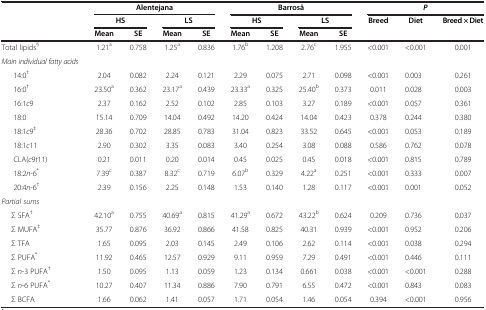
<table><thead><tr><td><b> </b></td><td colspan="4"><b>Alentejana</b></td><td colspan="4"><b>Barrosã</b></td><td colspan="3"><b><i>P</i></b></td></tr><tr><td><b> </b></td><td colspan="2"><b>HS</b></td><td colspan="2"><b>LS</b></td><td colspan="2"><b>HS</b></td><td colspan="2"><b>LS</b></td><td><b>Breed</b></td><td><b>Diet</b></td><td><b>Breed × Diet</b></td></tr><tr><td><b> </b></td><td><b>Mean</b></td><td><b>SE</b></td><td><b>Mean</b></td><td><b>SE</b></td><td><b>Mean</b></td><td><b>SE</b></td><td><b>Mean</b></td><td><b>SE</b></td><td><b> </b></td><td><b> </b></td><td><b> </b></td></tr></thead><tbody><tr><td>Total lipids<sup>§</sup></td><td>1.21<sup>a</sup></td><td>0.758</td><td>1.25<sup>a</sup></td><td>0.836</td><td>1.76<sup>b</sup></td><td>1.208</td><td>2.76<sup>c</sup></td><td>1.955</td><td>&lt;0.001</td><td>&lt;0.001</td><td>0.001</td></tr><tr><td><i>Main individual fatty acids</i></td><td> </td><td> </td><td> </td><td> </td><td> </td><td> </td><td> </td><td> </td><td> </td><td> </td><td> </td></tr><tr><td>14:0<sup>†</sup></td><td>2.04</td><td>0.082</td><td>2.24</td><td>0.121</td><td>2.29</td><td>0.075</td><td>2.71</td><td>0.098</td><td>&lt;0.001</td><td>0.003</td><td>0.261</td></tr><tr><td>16:0<sup>†</sup></td><td>23.50<sup>a</sup></td><td>0.362</td><td>23.17<sup>a</sup></td><td>0.439</td><td>23.33<sup>a</sup></td><td>0.325</td><td>25.40<sup>b</sup></td><td>0.373</td><td>0.011</td><td>0.028</td><td>0.003</td></tr><tr><td>16:1<i>c</i>9</td><td>2.37</td><td>0.162</td><td>2.52</td><td>0.102</td><td>2.85</td><td>0.103</td><td>3.27</td><td>0.189</td><td>&lt;0.001</td><td>0.057</td><td>0.361</td></tr><tr><td>18:0</td><td>15.14</td><td>0.709</td><td>14.04</td><td>0.492</td><td>14.20</td><td>0.424</td><td>14.04</td><td>0.423</td><td>0.378</td><td>0.244</td><td>0.380</td></tr><tr><td>18:1<i>c</i>9<sup>‡</sup></td><td>28.36</td><td>0.702</td><td>28.85</td><td>0.783</td><td>31.04</td><td>0.823</td><td>33.52</td><td>0.645</td><td>&lt;0.001</td><td>0.053</td><td>0.189</td></tr><tr><td>18:1<i>c</i>11</td><td>2.90</td><td>0.302</td><td>3.35</td><td>0.083</td><td>3.40</td><td>0.254</td><td>3.08</td><td>0.088</td><td>0.586</td><td>0.762</td><td>0.078</td></tr><tr><td>CLA(<i>c</i>9<i>t</i>11)</td><td>0.21</td><td>0.011</td><td>0.20</td><td>0.014</td><td>0.45</td><td>0.025</td><td>0.45</td><td>0.018</td><td>&lt;0.001</td><td>0.815</td><td>0.789</td></tr><tr><td>18:2<i>n</i>-6<sup>*</sup></td><td>7.39<sup>c</sup></td><td>0.387</td><td>8.32<sup>c</sup></td><td>0.719</td><td>6.07<sup>b</sup></td><td>0.329</td><td>4.22<sup>a</sup></td><td>0.251</td><td>&lt;0.001</td><td>0.333</td><td>0.007</td></tr><tr><td>20:4<i>n</i>-6<sup>†</sup></td><td>2.39</td><td>0.156</td><td>2.25</td><td>0.148</td><td>1.53</td><td>0.140</td><td>1.28</td><td>0.117</td><td>&lt;0.001</td><td>0.001</td><td>0.052</td></tr><tr><td><i>Partial sums</i></td><td> </td><td> </td><td> </td><td> </td><td> </td><td> </td><td> </td><td> </td><td> </td><td> </td><td> </td></tr><tr><td>Σ SFA<sup>†</sup></td><td>42.10<sup>a</sup></td><td>0.755</td><td>40.69<sup>a</sup></td><td>0.815</td><td>41.29<sup>a</sup></td><td>0.672</td><td>43.22<sup>b</sup></td><td>0.624</td><td>0.209</td><td>0.736</td><td>0.037</td></tr><tr><td>Σ MUFA<sup>‡</sup></td><td>35.77</td><td>0.876</td><td>36.92</td><td>0.866</td><td>41.58</td><td>0.825</td><td>40.31</td><td>0.939</td><td>&lt;0.001</td><td>0.952</td><td>0.206</td></tr><tr><td>Σ TFA</td><td>1.65</td><td>0.095</td><td>2.03</td><td>0.145</td><td>2.49</td><td>0.106</td><td>2.62</td><td>0.114</td><td>&lt;0.001</td><td>0.038</td><td>0.294</td></tr><tr><td>Σ PUFA<sup>*</sup></td><td>11.92</td><td>0.465</td><td>12.57</td><td>0.929</td><td>9.11</td><td>0.959</td><td>7.29</td><td>0.491</td><td>&lt;0.001</td><td>0.446</td><td>0.111</td></tr><tr><td>Σ <i>n</i>-3 PUFA<sup>†</sup></td><td>1.50</td><td>0.095</td><td>1.13</td><td>0.059</td><td>1.23</td><td>0.134</td><td>0.661</td><td>0.038</td><td>&lt;0.001</td><td>&lt;0.001</td><td>0.288</td></tr><tr><td>Σ <i>n</i>-6 PUFA<sup>*</sup></td><td>10.27</td><td>0.407</td><td>11.34</td><td>0.886</td><td>7.90</td><td>0.791</td><td>6.55</td><td>0.472</td><td>&lt;0.001</td><td>0.843</td><td>0.083</td></tr><tr><td>Σ BCFA</td><td>1.66</td><td>0.062</td><td>1.41</td><td>0.057</td><td>1.71</td><td>0.054</td><td>1.46</td><td>0.054</td><td>0.394</td><td>&lt;0.001</td><td>0.956</td></tr></tbody></table>